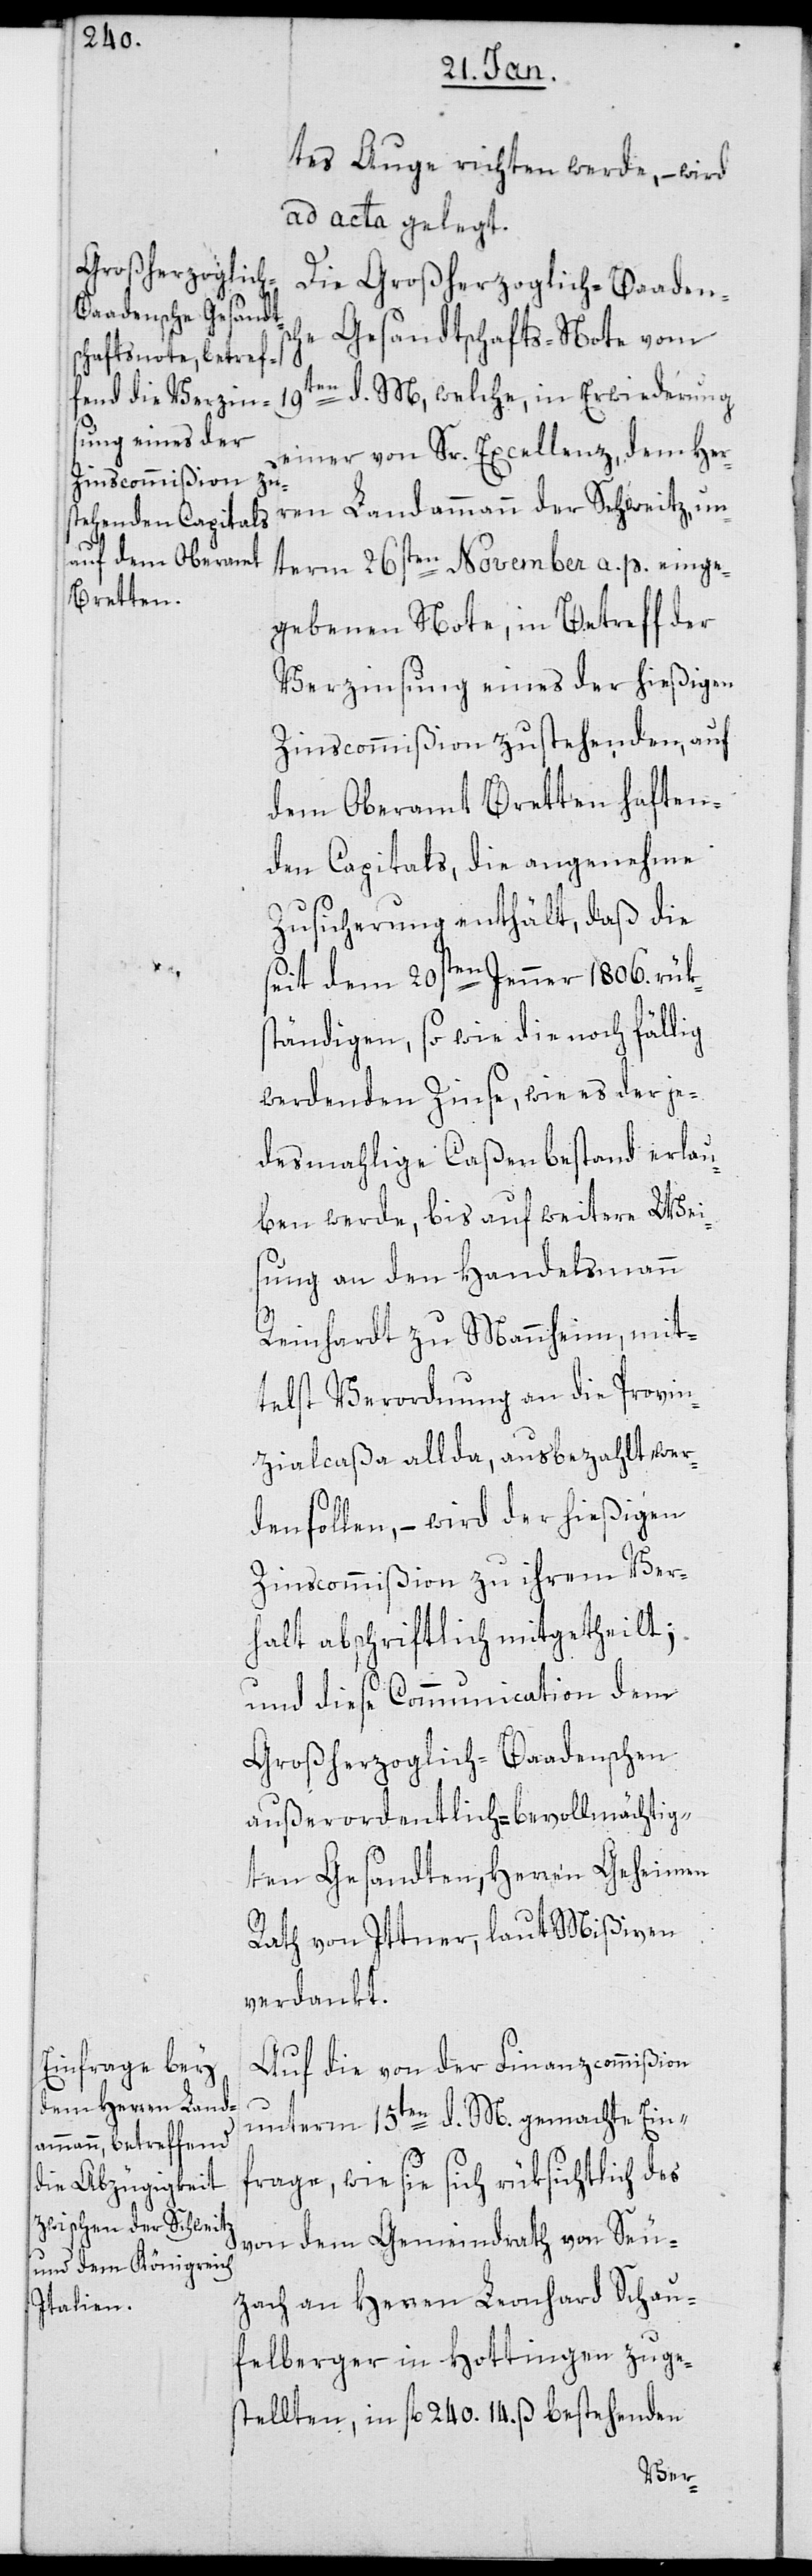
tes Auge richten werde, – wird
ad acta gelegt.
Die Großherzoglich-Baadens¬
che Gesandtschafts-Note vom
19ten d. M., welche, in Erwiederung
einer von Sr. Excellenz dem Her¬
ren Landammann der Schweitz, un¬
term 26sten November a. p. einge¬
gebenen Note, in Betreff der
Verzinsung eines der hießigen
Zinscommißion zustehenden, auf
dem Oberamt Bretten haften¬
den Capitals, die angenehme
Zusicherung enthält, daß die
seit dem 20sten Jenner 1806. rüks¬
tändigen, sowie die noch fällig
werdenden Zinse, wie es der je¬
desmahlige Caßenbestand erlau¬
ben werde, bis auf weitere Wei¬
sung an den Handelsmann
Reinhardt zu Mannheim, mit¬
telst Verordnung an die Provin¬
zialcaßa allda, ausbezahlt wer¬
den sollen, – wird der hießigen
Zinscommißion zu ihrem Ver¬
halt abschriftlich mitgetheilt;
und diese Communication dem
Großherzoglich-Baadenschen
außerordentlich bevollmächtig¬
ten Gesandten, Herren Geheimen
Rath von Ittner, laut Mißiven
verdankt.
Auf die von der Finanzcommißion
unterm 15ten d. M. gemachte Einf¬
rage, wie sie sich rüksichtlich des
von dem Gemeindrath von Seu¬
zach an Herren Leonhard Schau¬
felberger in Hottingen zuge¬
stellten, in fl. 240. 14. ß bestehenden